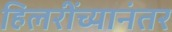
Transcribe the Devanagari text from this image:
हिलरींच्यानंतर